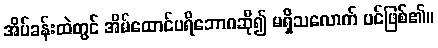
အိပ်ခန်းထဲတွင် အိမ်ထောင်ပရိဘောဂဆို၍ မရှိသလောက် ပင်ဖြစ်၏။